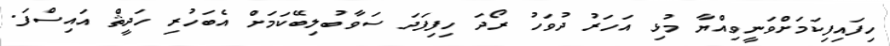
ހިފައިފިކަމަށްވަނީވިއްޔާ މުޅި އަހަރު ދުވަހު ރޯދަ ހިފިފަދަ ސަވާބުލިބޭކަމަށް އެބަހުރި ހަދީޘް އައިސްފަ.